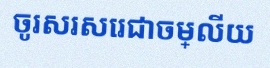
ចូរសរសេរជាចម្លើយ